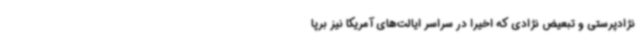
نژادپرستی و تبعیض نژادی که اخیرا در سراسر ایالت‌های آمریکا نیز برپا